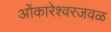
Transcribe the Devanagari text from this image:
ओंकारेश्वरजवळ